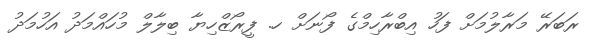
ރަބަރޭ މަރާލުމަށް ފަހު އިބްރާހިމްގެ ފޯނަށް ހ. ފީރޯޒްހިޔާ ބިލާލް މުހައްމަދު އަހުމަދު